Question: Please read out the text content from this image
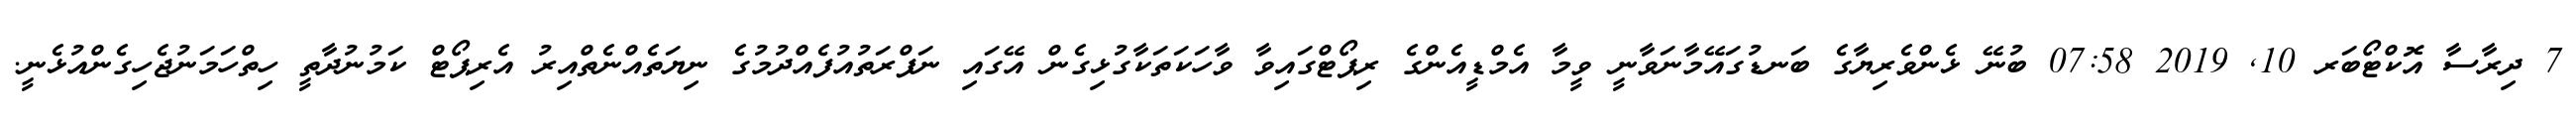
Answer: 7 ދިރާސާ އޮކްޓޯބަރ 10, 2019 07:58 ބުނޭ ޅެންވެރިޔާގެ ބަނޑުގައޭމާނަވާނީ ވީމާ އެމްޑީއެންގެ ރިޕޯޓްގައިވާ ވާހަކަތަކާގުޅިގެން އޭގައި ނަފްރަތުއުފެއްދުމުގެ ނިޔަތެއްނެތްއިރު އެރިޕޯޓް ކަމުނުދާތީ ހިތްހަމަނުޖެހިގެންއުޅެނީ.